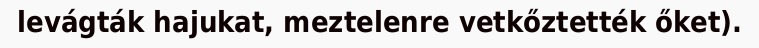
levágták hajukat, meztelenre vetkőztették őket).